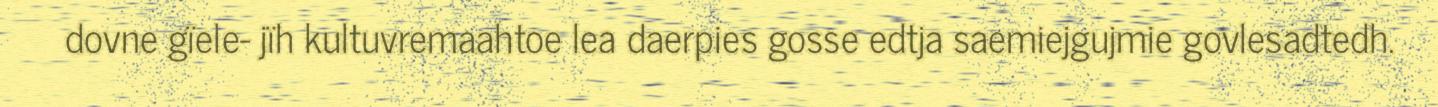
dovne gïele- jïh kultuvremaahtoe lea daerpies gosse edtja saemiejgujmie govlesadtedh.